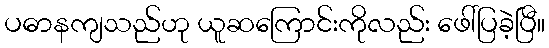
ပဓာနကျသည်ဟု ယူဆကြောင်းကိုလည်း ဖေါ်ပြခဲ့ပြီ။